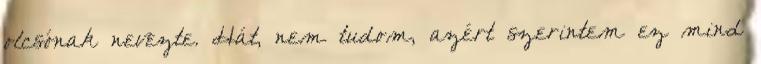
olcsónak nevezte. Hát, nem tudom, azért szerintem ez mind